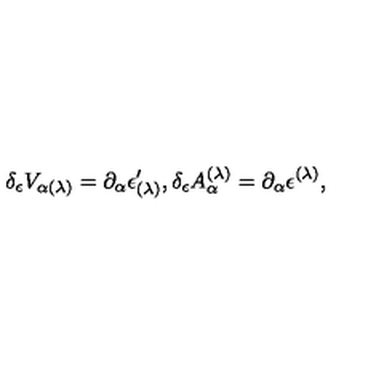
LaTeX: \delta _ { \epsilon } V _ { \alpha ( \lambda ) } = \partial _ { \alpha } \epsilon _ { ( \lambda ) } ^ { \prime } , \delta _ { \epsilon } A _ { \alpha } ^ { ( \lambda ) } = \partial _ { \alpha } \epsilon ^ { ( \lambda ) } ,